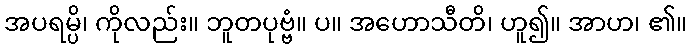
အပရမ္ပိ၊ ကိုလည်း။ ဘူတပုဗ္ဗံ။ ပ။ အဟောသီတိ၊ ဟူ၍။ အာဟ၊ ၏။